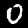
Label: 0